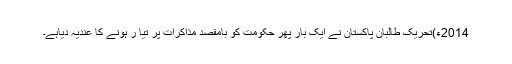
2014ء)تحریک طالبان پاکستان نے ایک بار پھر حکومت کو بامقصد مذاکرات پر تیا ر ہونے کا عندیہ دیاہے۔